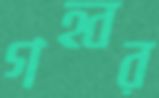
গহ্বর